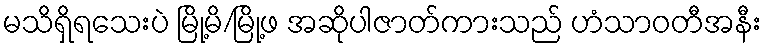
မသိရှိရသေးပဲ မြို့မိ/မြို့ဖ အဆိုပါဇာတ်ကားသည် ဟံသာဝတီအနီး